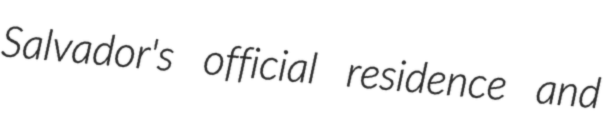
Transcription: Salvador's official residence and